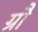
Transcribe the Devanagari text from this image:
ग्रौ